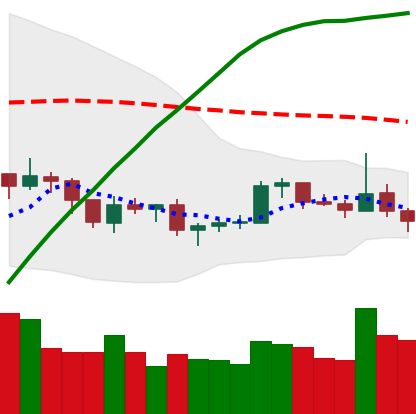
Ticker: LTC-USD
Chart end date: 2019-08-07
Forward return: -5.68%
Label: down_5_7